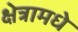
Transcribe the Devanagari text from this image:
क्षेत्रामधे